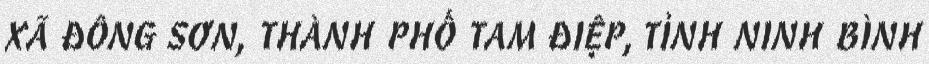
XÃ ĐÔNG SƠN, THÀNH PHỐ TAM ĐIỆP, TỈNH NINH BÌNH